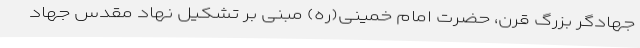
جهادگر بزرگ قرن، حضرت امام خمینی(ره) مبنی بر تشکیل نهاد مقدس جهاد